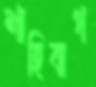
শাহিবাগ